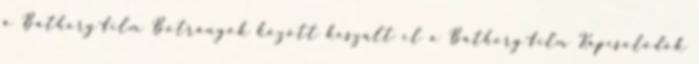
a Báthory-film Botrányok között készült el a Báthory-film Kapcsolódók